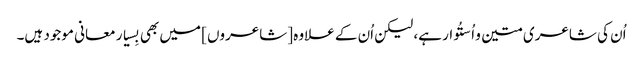
اُن کی شاعری متین و اُستُوار ہے، لیکن اُن کے علاوہ [شاعروں] میں بھی بِسیار معانی موجود ہیں۔